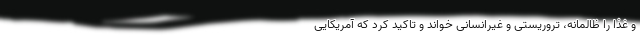
و غذا را ظالمانه، تروریستی و غیرانسانی خواند و تاکید کرد که آمریکایی